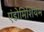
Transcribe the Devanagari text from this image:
एंडोमिशियम